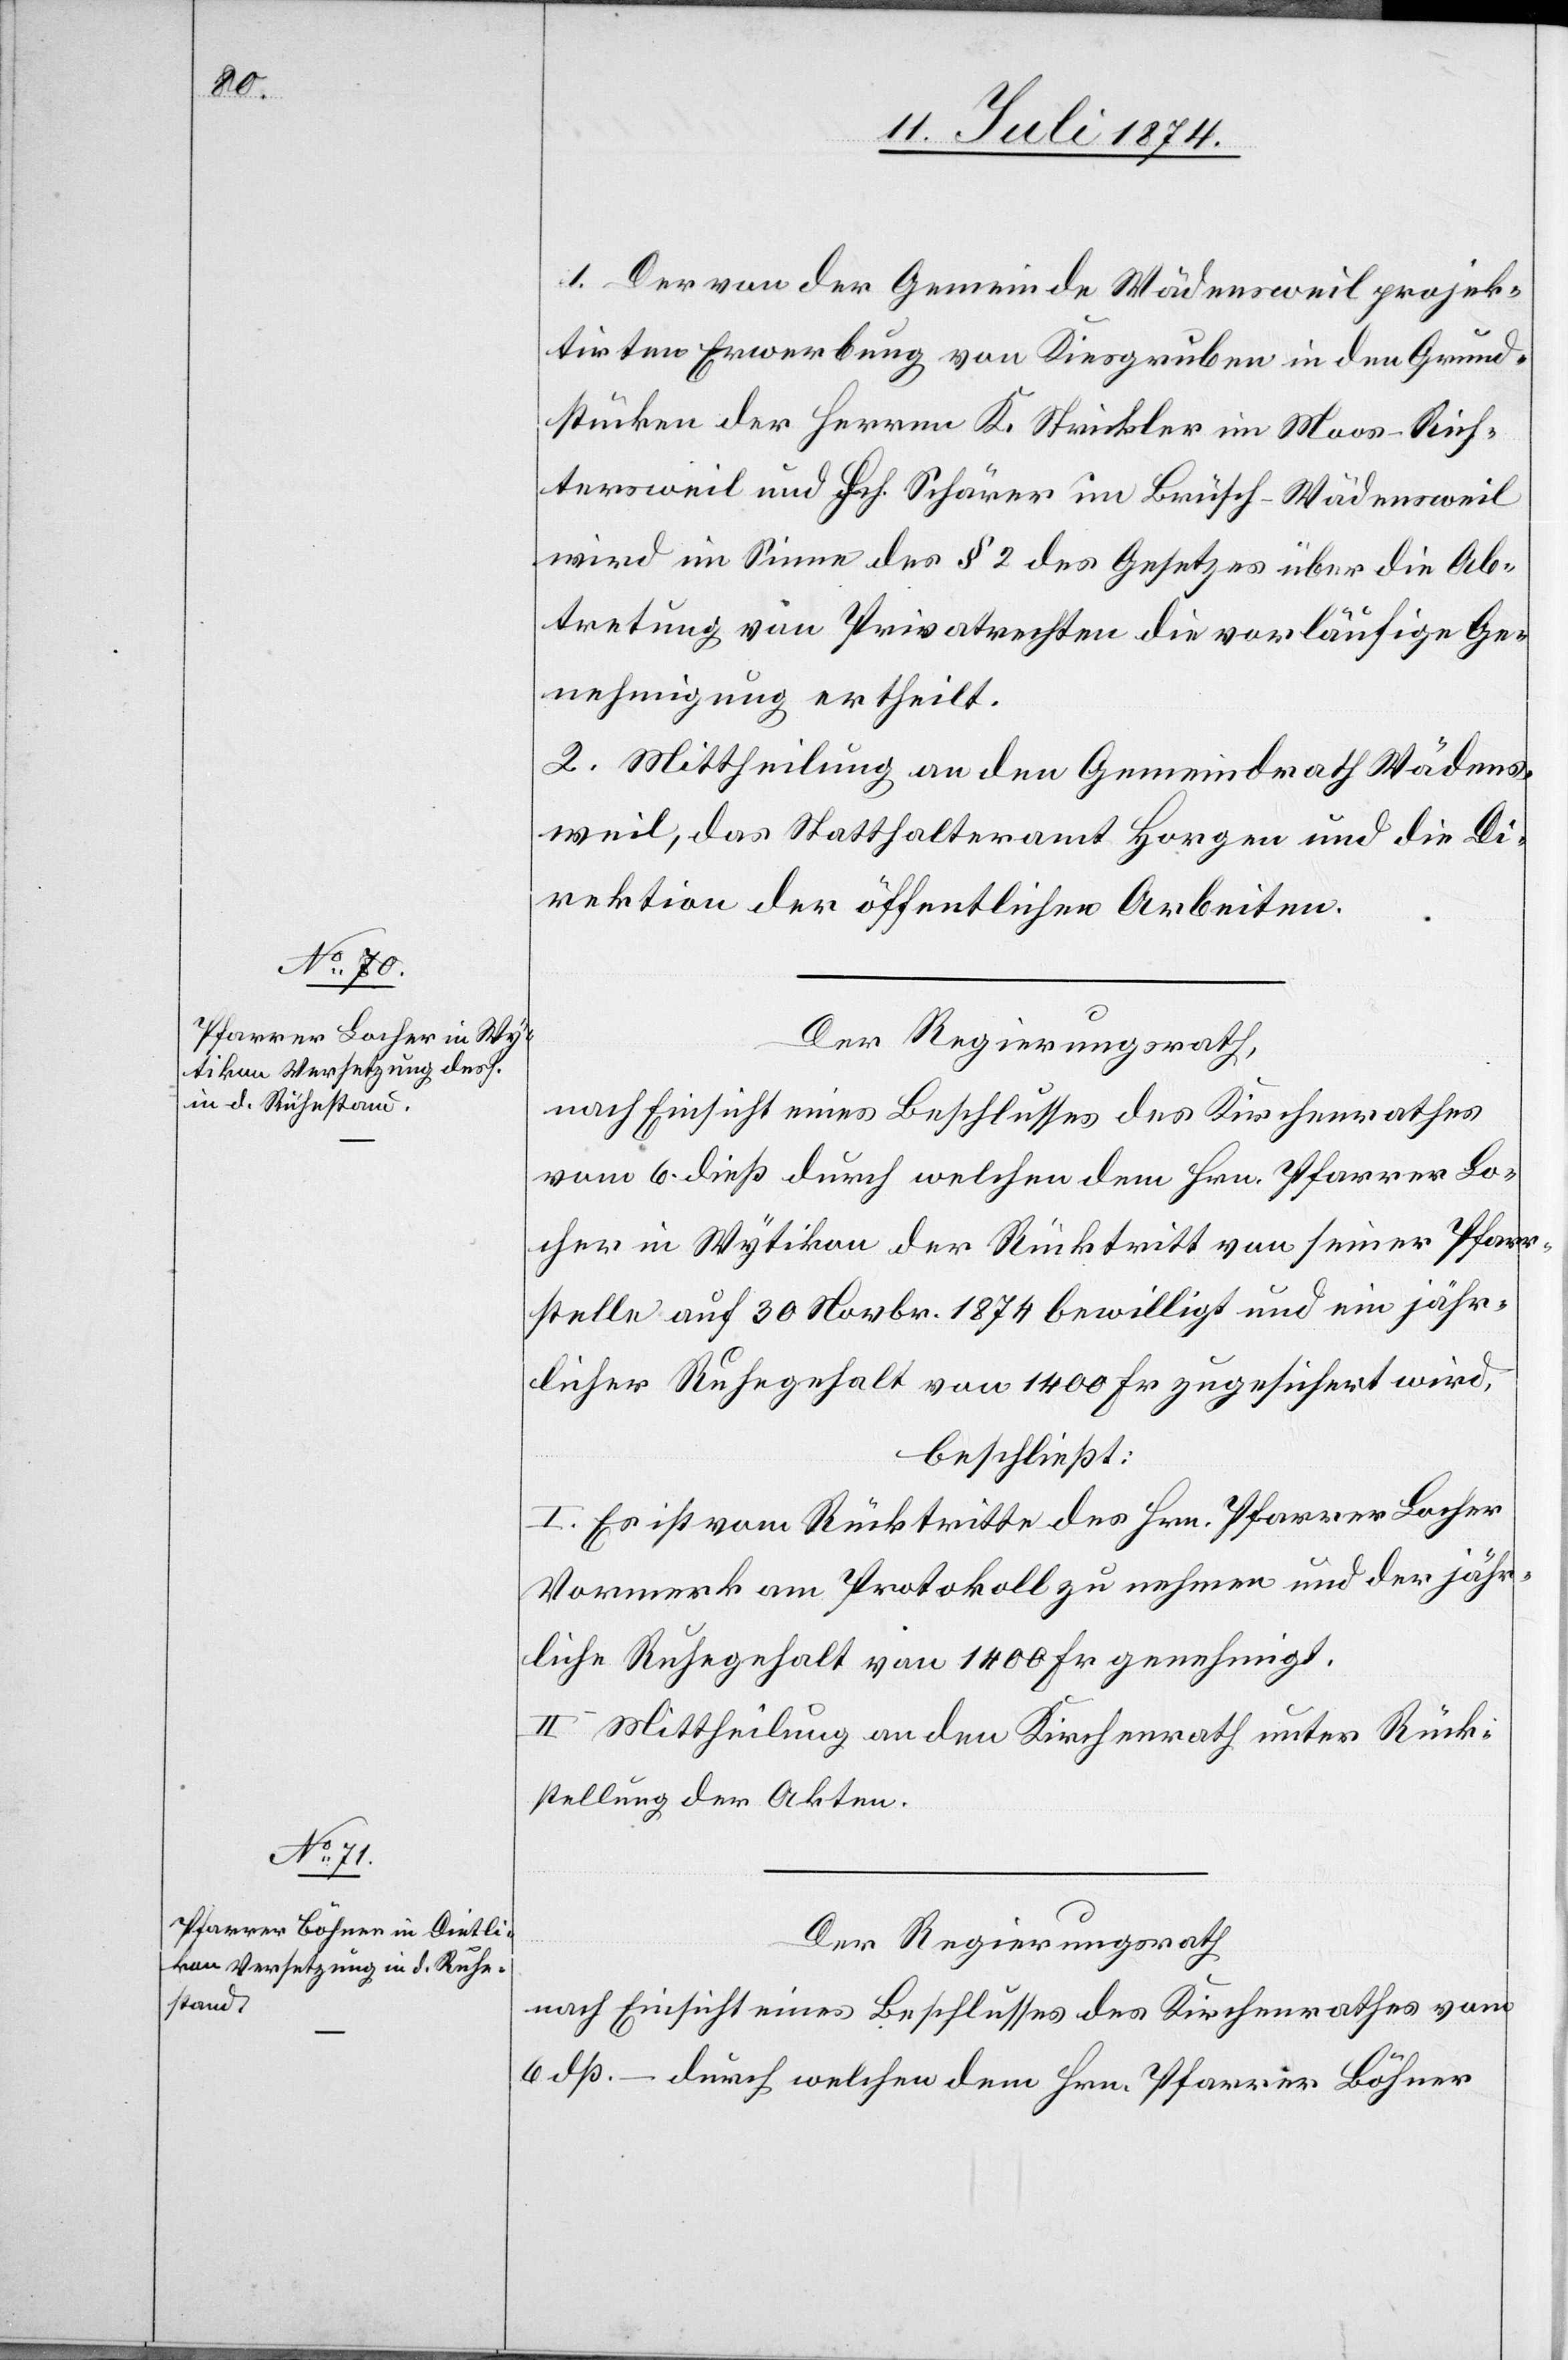
1. Der von der Gemeinde Wädensweil projek¬
tirten Erwerbung von Kiesgruben in den Grund¬
stücken der Herren K. Strickler im Moos-Rich¬
tersweil und Hch. Schärer im Brüsch-Wädensweil
wird im Sinne des § 2 des Gesetzes über die Ab¬
tretung von Privatrechten die vorläufige Ge¬
nehmigung ertheilt.
2. Mittheilung an den Gemeindrath Wädens¬
weil, das Statthalteramt Horgen und die Di¬
rektion der öffentlichen Arbeiten.
Der Regierungsrath,
nach Einsicht eines Antrages eines Beschlusses des Kirchenrathes
vom 6. dieß durch welchen dem Hrn. Pfarrer Lo¬
cher in Wytikon der Rücktritt von seiner Pfarr¬
stelle auf 30 Novbr. 1874 bewilligt und ein jähr¬
licher Ruhegehalt von 1400 Fr. zugesichert wird,
beschließt:
I. Es ist vom Rücktritte des Hrn. Pfarrer Locher
Vormerk am Protokoll zu nehmen und der jähr¬
liche Ruhegehalt von 1400 Fr. genehmigt.
II. Mittheilung an den Kirchenrath unter Rück¬
stellung der Akten.
Der Regierungsrath
nach Einsicht eines Beschlusses des Kirchenrathes vom
6. dß. – durch welchen dem Hrn. Pfarrer Böhner